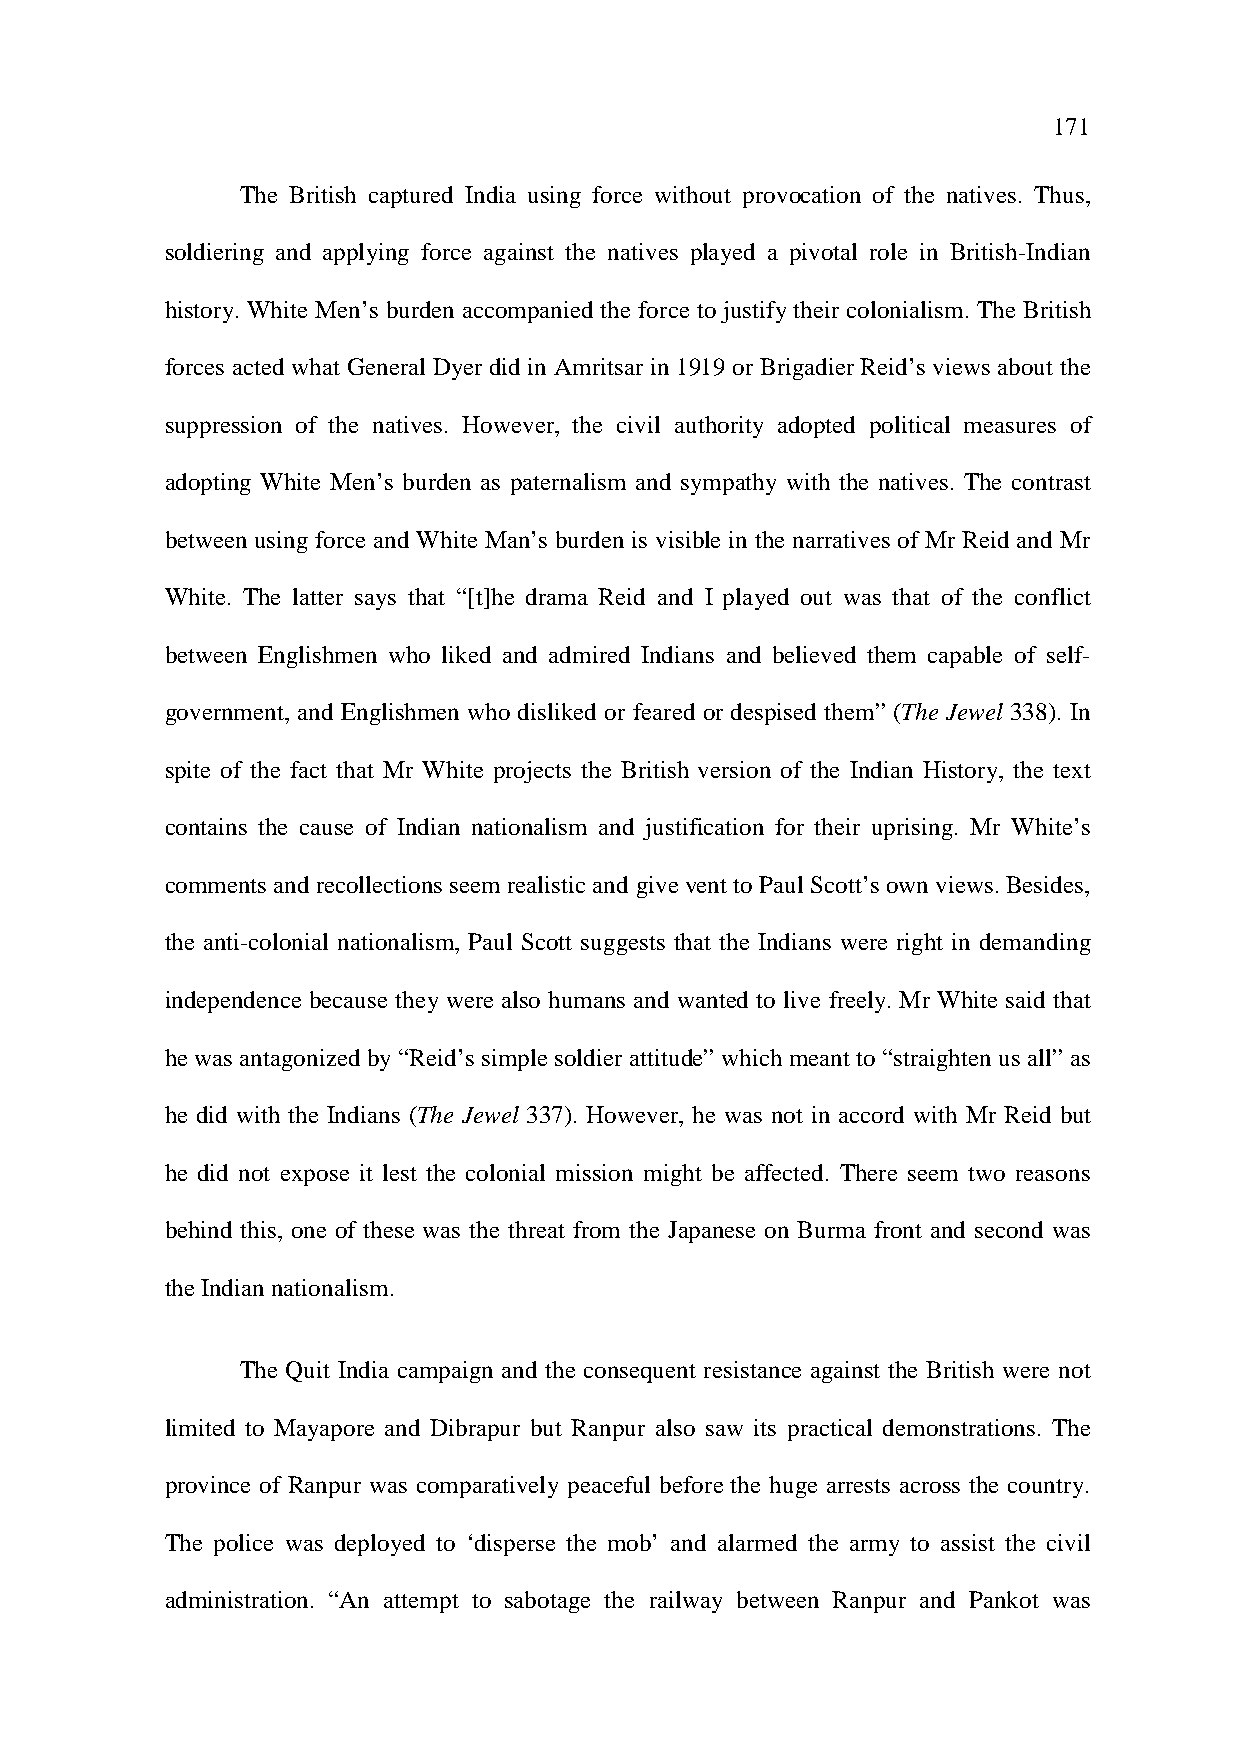
171
 The British captured India using force without provocation of the natives. Thus,
 soldiering and applying force against the natives played a pivotal role in British-Indian
 history. White Men’s burden accompanied the force to justify their colonialism. The British
 forces acted what General Dyer did in Amritsar in 1919 or Brigadier Reid’s views about the
 suppression of the natives. However, the civil authority adopted political measures of
 adopting White Men’s burden as paternalism and sympathy with the natives. The contrast
 between using force and White Man’s burden is visible in the narratives of Mr Reid and Mr
 White. The latter says that “[t]he drama Reid and I played out was that of the conflict
 between Englishmen who liked and admired Indians and believed them capable of self-
 government, and Englishmen who disliked or feared or despised them” (The Jewel 338). In
 spite of the fact that Mr White projects the British version of the Indian History, the text
 contains the cause of Indian nationalism and justification for their uprising. Mr White’s
 comments and recollections seem realistic and give vent to Paul Scott’s own views. Besides,
 the anti-colonial nationalism, Paul Scott suggests that the Indians were right in demanding
 independence because they were also humans and wanted to live freely. Mr White said that
 he was antagonized by “Reid’s simple soldier attitude” which meant to “straighten us all” as
 he did with the Indians (The Jewel 337). However, he was not in accord with Mr Reid but
 he did not expose it lest the colonial mission might be affected. There seem two reasons
 behind this, one of these was the threat from the Japanese on Burma front and second was
 the Indian nationalism.
 The Quit India campaign and the consequent resistance against the British were not
 limited to Mayapore and Dibrapur but Ranpur also saw its practical demonstrations. The
 province of Ranpur was comparatively peaceful before the huge arrests across the country.
 The police was deployed to ‘disperse the mob’ and alarmed the army to assist the civil
 administration. “An attempt to sabotage the railway between Ranpur and Pankot was